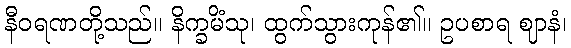
နီဝရဏတို့သည်။ နိက္ခမိံသု၊ ထွက်သွားကုန်၏။ ဥပစာရ ဈာနံ၊